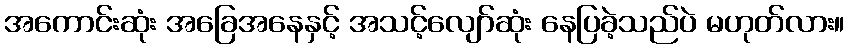
အကောင်းဆုံး အခြေအနေနှင့် အသင့်လျော်ဆုံး နေပြခဲ့သည်ပဲ မဟုတ်လား။